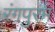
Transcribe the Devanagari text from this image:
रंगपुरम